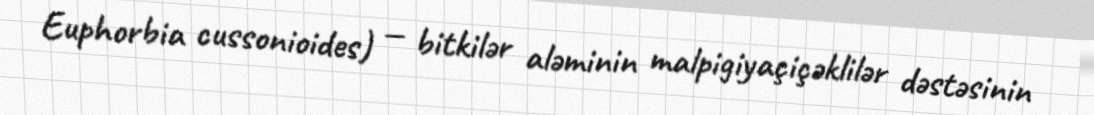
Euphorbia cussonioides) — bitkilər aləminin malpigiyaçiçəklilər dəstəsinin